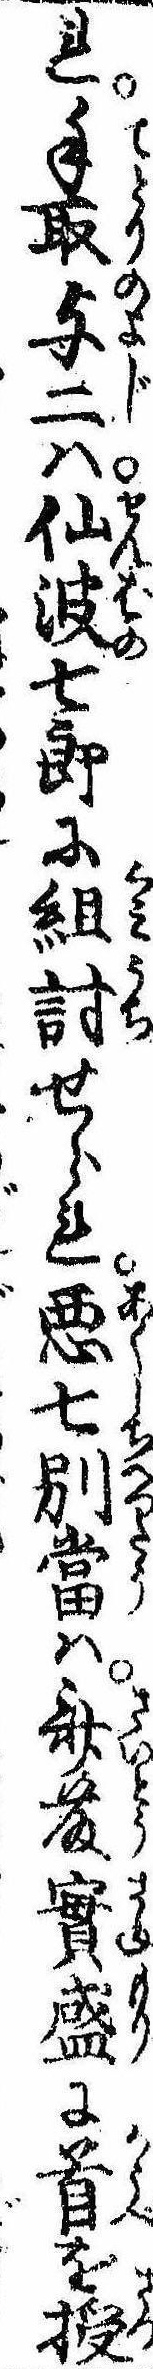
れ手取与二は仙波七郎に組討せられ悪七別当は斎藤実盛に首を授